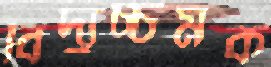
বিদ্যুচ্চমক